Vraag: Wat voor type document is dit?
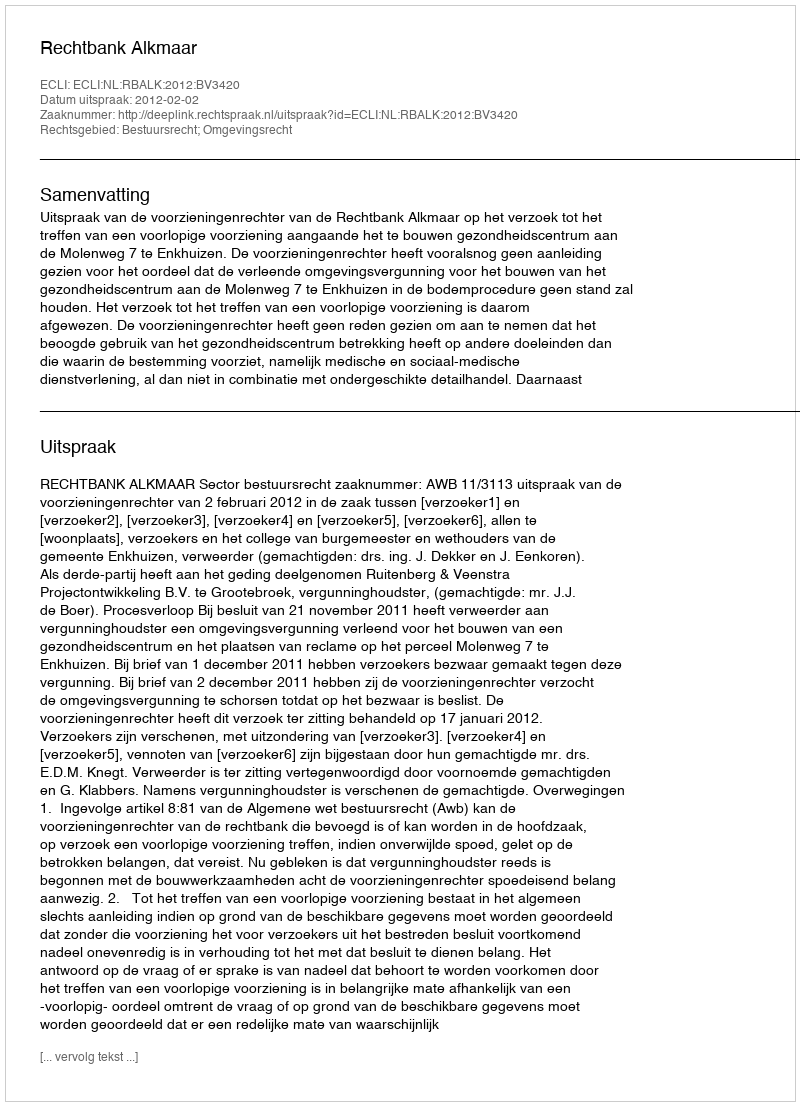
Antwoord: Uitspraak